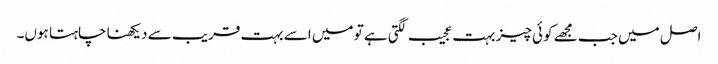
اصل میں جب مجھے کوئی چیز بہت عجیب لگتی ہے تو میں اسے بہت قریب سے دیکھنا چاہتا ہوں۔